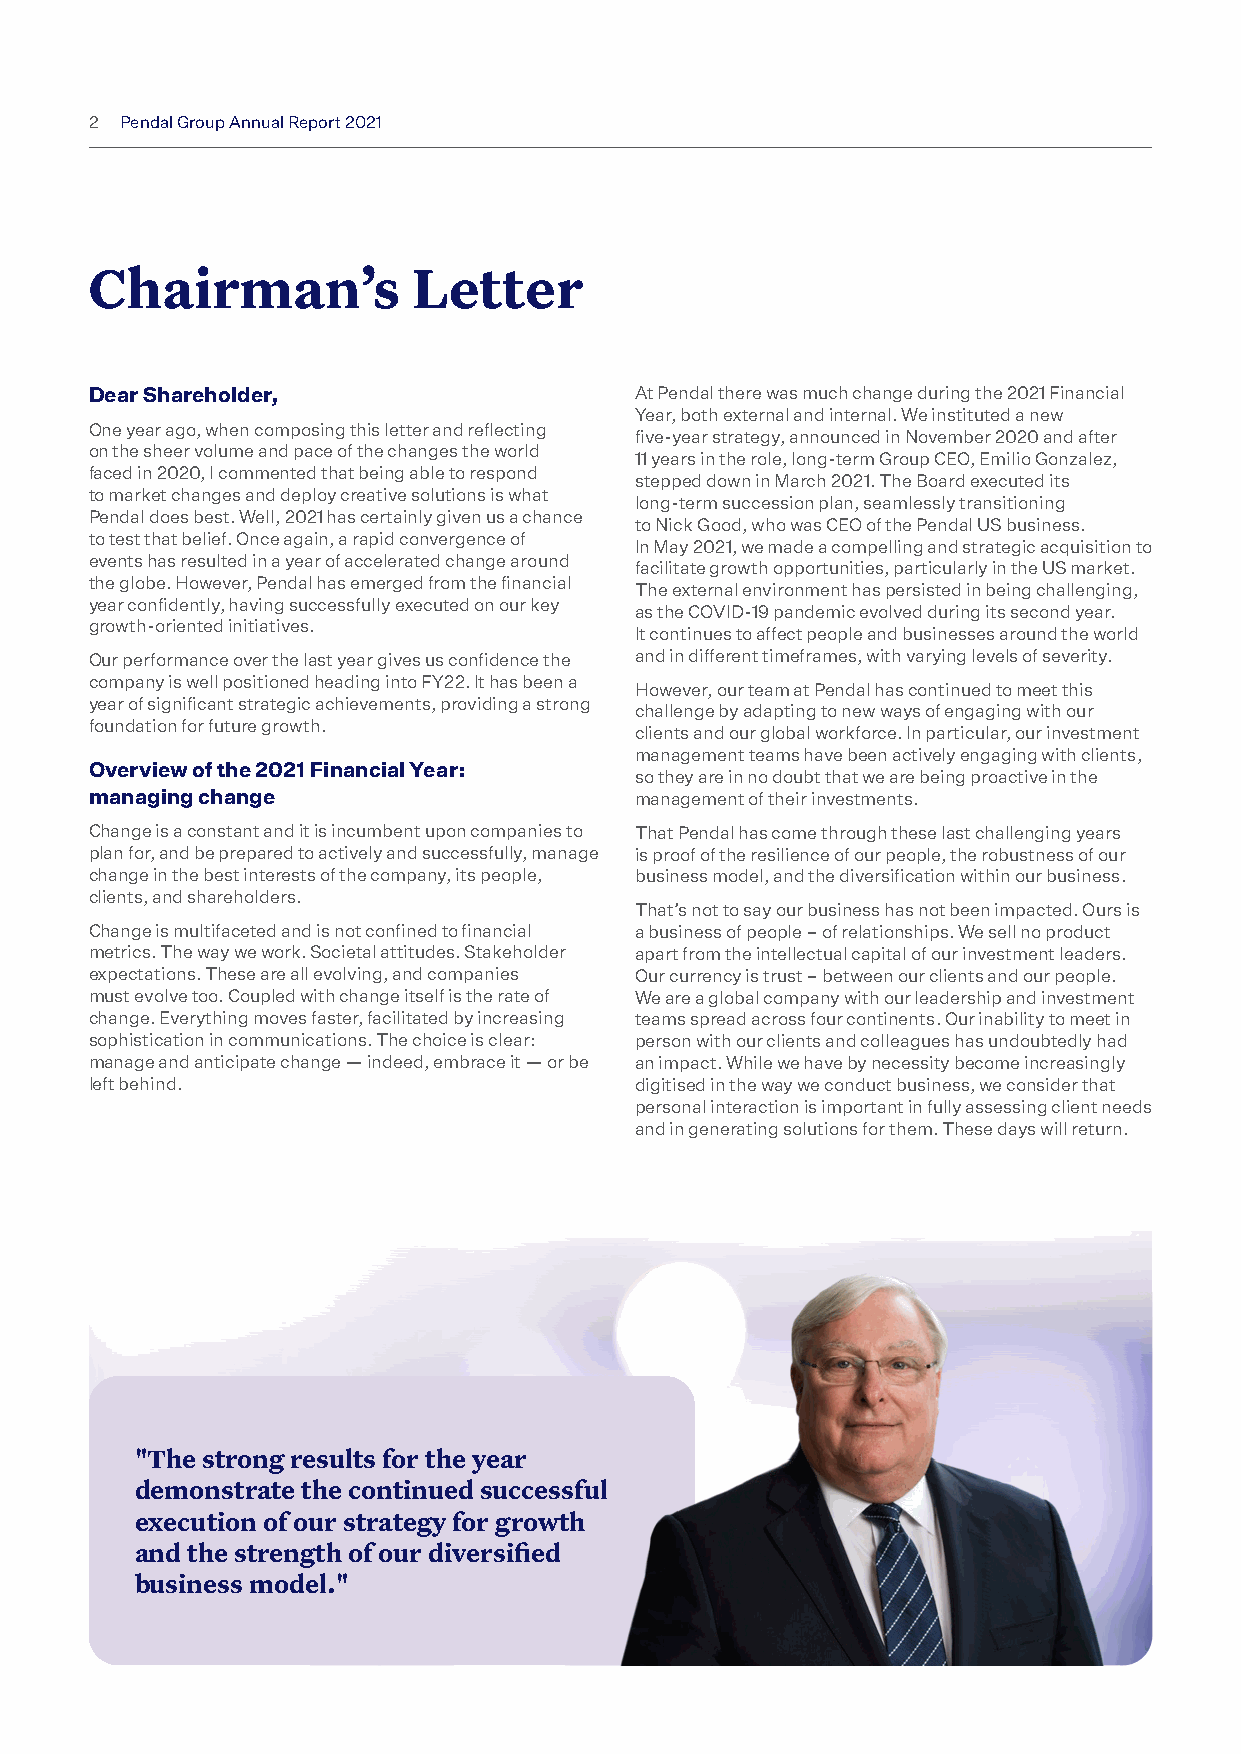
2 Pendal Group Annual Report 2021
 Chairman’s           Letter
 Dear Shareholder,                   At Pendal there was much change during the 2021 Financial
 Year, both external and internal. We instituted a new
 One year ago, when composing this letter and reflecting
 five-year strategy, announced in November 2020 and after
 on the sheer volume and pace of the changes the world
 11 years in the role, long-term Group CEO, Emilio Gonzalez,
 faced in 2020, I commented that being able to respond
 stepped down in March 2021. The Board executed its
 to market changes and deploy creative solutions is what
 long-term succession plan, seamlessly transitioning
 Pendal does best. Well, 2021 has certainly given us a chance
 to Nick Good, who was CEO of the Pendal US business.
 to test that belief. Once again, a rapid convergence of
 In May 2021, we made a compelling and strategic acquisition to
 events has resulted in a year of accelerated change around
 facilitate growth opportunities, particularly in the US market.
 the globe. However, Pendal has emerged from the financial
 The external environment has persisted in being challenging,
 year confidently, having successfully executed on our key
 as the COVID-19 pandemic evolved during its second year.
 growth-oriented initiatives.
 It continues to affect people and businesses around the world
 Our performance over the last year gives us confidence the and in different timeframes, with varying levels of severity.
 company is well positioned heading into FY22. It has been a
 However, our team at Pendal has continued to meet this
 year of significant strategic achievements, providing a strong
 challenge by adapting to new ways of engaging with our
 foundation for future growth.
 clients and our global workforce. In particular, our investment
 management teams have been actively engaging with clients,
 Overview of the 2021 Financial Year:
 so they are in no doubt that we are being proactive in the
 managing change                     management of their investments.
 Change is a constant and it is incumbent upon companies to That Pendal has come through these last challenging years
 plan for, and be prepared to actively and successfully, manage is proof of the resilience of our people, the robustness of our
 change in the best interests of the company, its people, business model, and the diversification within our business.
 clients, and shareholders.
 That’s not to say our business has not been impacted. Ours is
 Change is multifaceted and is not confined to financial a business of people – of relationships. We sell no product
 metrics. The way we work. Societal attitudes. Stakeholder apart from the intellectual capital of our investment leaders.
 expectations. These are all evolving, and companies Our currency is trust – between our clients and our people.
 must evolve too. Coupled with change itself is the rate of We are a global company with our leadership and investment
 change. Everything moves faster, facilitated by increasing teams spread across four continents. Our inability to meet in
 sophistication in communications. The choice is clear: person with our clients and colleagues has undoubtedly had
 manage and anticipate change — indeed, embrace it — or be an impact. While we have by necessity become increasingly
 left behind.                        digitised in the way we conduct business, we consider that
 personal interaction is important in fully assessing client needs
 and in generating solutions for them. These days will return.
 "The strong results for the year
 demonstrate the continued successful
 execution of our strategy for growth
 and the strength of our diversified
 business model."